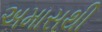
અમાસથી